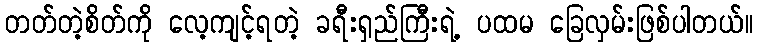
တတ်တဲ့စိတ်ကို လေ့ကျင့်ရတဲ့ ခရီးရှည်ကြီးရဲ့ ပထမ ခြေလှမ်းဖြစ်ပါတယ်။